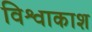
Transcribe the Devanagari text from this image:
विश्वाकाश